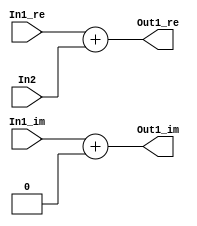
// -------------------------------------------------------------
// 
// 
// Generated by MATLAB 9.8 and HDL Coder 3.16
// 
// -------------------------------------------------------------


// -------------------------------------------------------------
// 
// Module: Complex_Sum3_block4
// Source Path: newhope_cambios/FDHT/DFT/DFT10 - block/DFT5-row 2/DFT5-1/Complex-Sum3
// Hierarchy Level: 5
// 
// -------------------------------------------------------------

`timescale 1 ns / 1 ns

module Complex_Sum3_block4
          (In1_re,
           In1_im,
           In2,
           Out1_re,
           Out1_im);


  input   signed [36:0] In1_re;  // sfix37_En22
  input   signed [36:0] In1_im;  // sfix37_En22
  input   signed [36:0] In2;  // sfix37_En22
  output  signed [36:0] Out1_re;  // sfix37_En22
  output  signed [36:0] Out1_im;  // sfix37_En22


  wire signed [36:0] Complex_to_Real_Imag2_out1;  // sfix37_En22
  wire signed [36:0] Complex_to_Real_Imag2_out2;  // sfix37_En22
  wire signed [36:0] Sum_out1;  // sfix37_En22
  wire signed [36:0] Sum1_out1;  // sfix37_En22


  assign Complex_to_Real_Imag2_out1 = In2;
  assign Complex_to_Real_Imag2_out2 = 37'sh0000000000;



  assign Sum_out1 = In1_re + Complex_to_Real_Imag2_out1;



  assign Out1_re = Sum_out1;

  assign Sum1_out1 = In1_im + Complex_to_Real_Imag2_out2;



  assign Out1_im = Sum1_out1;

endmodule  // Complex_Sum3_block4